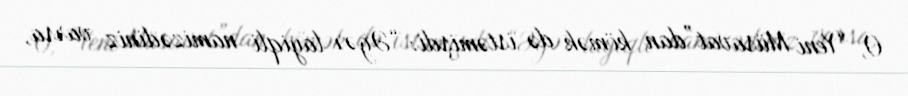
O, “Yeni Müsavat”dan kömək də istəmişdi: “Əgər layiqli namizədiniz varsa,